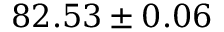
8 2 . 5 3 \pm 0 . 0 6